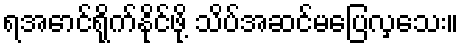
ရအောင်ရိုက်နိုင်ဖို့ သိပ်အဆင်မပြေလှသေး။